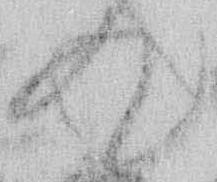
て